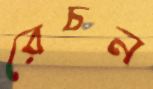
রেচন